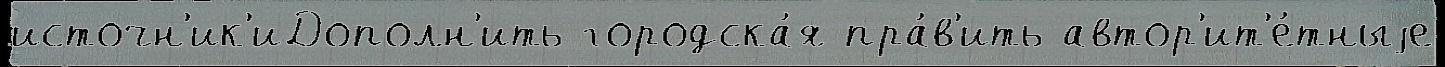
источн'ик'иДополн'ить городска́я пра́в'ить автор'ит'е́тныjе